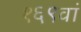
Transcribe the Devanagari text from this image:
१६९वां